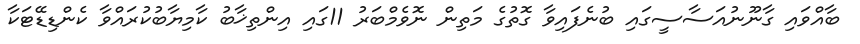
ބާއްވައި ގާނޫނުއަސާސީގައި ބުނެފައިވާ ގޮތުގެ މަތިން ނޮވެމްބަރު 11ގައި އިންތިޚާބު ކާމިޔާބުކުރައްވާ ކެންޑިޑޭޓަކާ